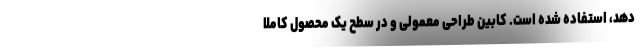
دهد، استفاده شده است. کابین طراحی معمولی و در سطح یک محصول کاملا